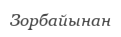
Зорбайынан